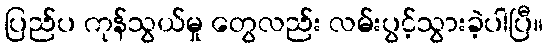
ပြည်ပ ကုန်သွယ်မှု တွေလည်း လမ်းပွင့်သွားခဲ့ပါပြီ။